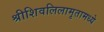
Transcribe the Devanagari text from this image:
श्रीशिवलिलामृतामध्ये